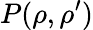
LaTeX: P(\rho,\rho^{\prime})